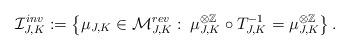
LaTeX: \begin{align*}\mathcal{I}_{J,K}^{inv}:=\left\{\mu_{J,K} \in \mathcal{M}^{rev}_{J,K}:\:\mu_{J,K}^{\otimes \mathbb{Z}} \circ T_{J,K}^{-1} = \mu_{J,K}^{\otimes \mathbb{Z}}\right\}.\end{align*}